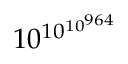
1 0 ^ { 1 0 ^ { 1 0 ^ { 9 6 4 } } }